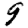
Digit: 9